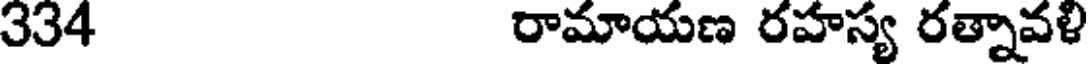
334 రామాయణ రహస్య రత్నావళి